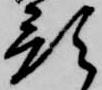
預